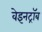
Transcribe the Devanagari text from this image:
वेइनट्रॉब